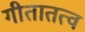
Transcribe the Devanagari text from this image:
गीतातत्व